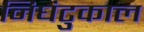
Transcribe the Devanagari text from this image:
निघंटुकाल